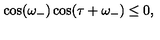
\cos ( \omega _ { - } ) \cos ( \tau + \omega _ { - } ) \leq 0 ,